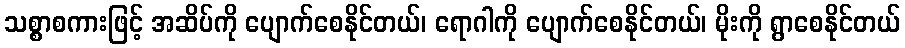
သစ္စာစကားဖြင့် အဆိပ်ကို ပျောက်စေနိုင်တယ်၊ ရောဂါကို ပျောက်စေနိုင်တယ်၊ မိုးကို ရွာစေနိုင်တယ်